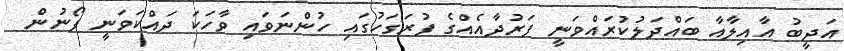
އަދީބު އާއިލާއާ ބައްދަލުކުރައްވަނީ ފަރުދާއެއްގެ ފުރަގަހުގައި ހުންނަވައި ވާހަކަ ދައްކަވަނީ ފޯނުން